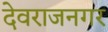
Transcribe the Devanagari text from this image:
देवराजनगर